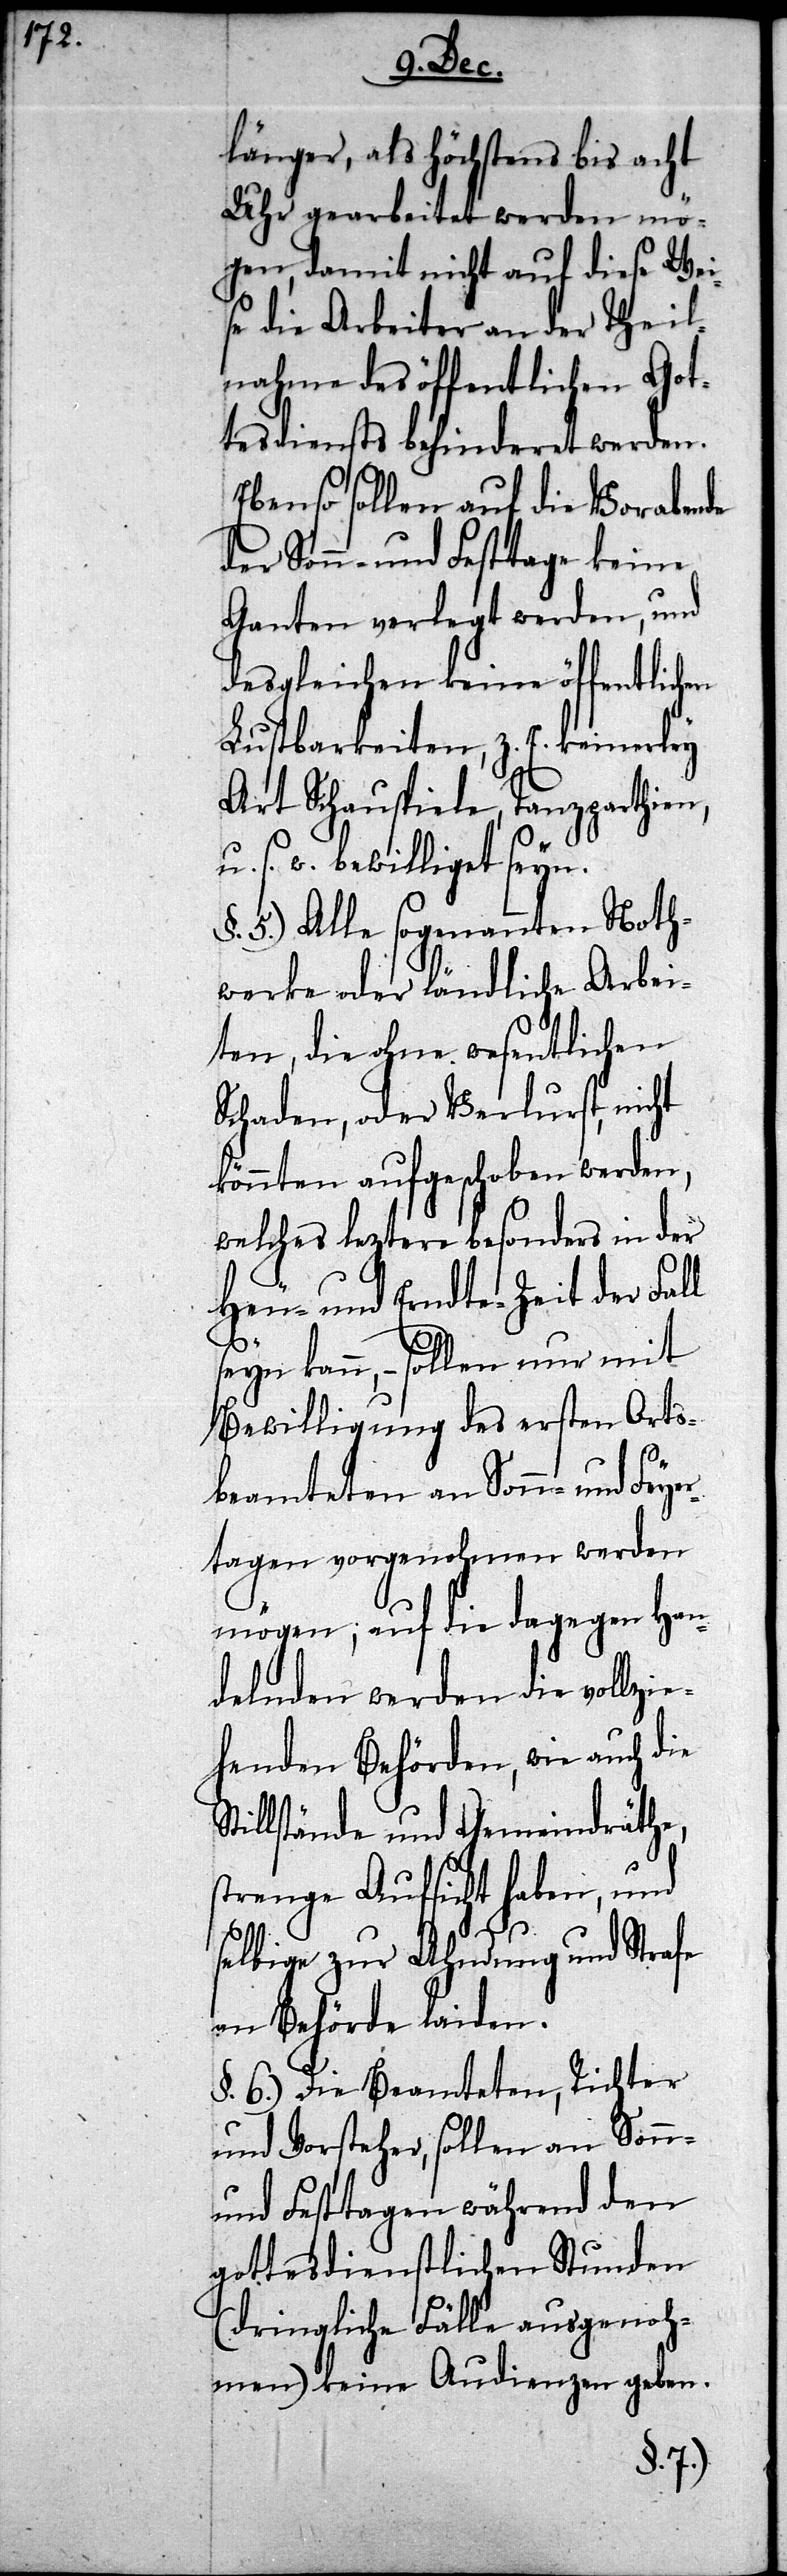
St¬

länger, als höchstens bis acht
Uhr gearbeitet werden mö¬
gen, damit nicht auf diese Wei¬
se die Arbeiter an der Theil¬
nahme des öffentlichen Got¬
tesdiensts behinderet werden.
Ebenso sollen auf die Vorabende
der Sonn- und Festtage keine
Ganten verlegt werden, und
desgleichen keine öffentlichen
Lustbarkeiten, z. E. keinerley
Art Schauspiele, Tanzparthien,
s. w. bewilliget seyn.
§. 5.) Alle sogenannten Noth¬
werke oder ländlichen Arbei¬
ten, die ohne wesentlichen
Schaden, oder Verlurst, nicht
könnten aufgeschoben werden,
welches leztere besonders in der
Heu- und Erndte-Zeit der Fall
seyn kann, – sollen nur mit
Bewilligung des ersten Orts¬
beamteten an Sonn- und Feye¬
rtagen vorgenohmen werden
mögen; auf die dagegen Han¬
delnden werden die vollzie¬
henden Behörden, wie auch die
illstände und Gemeindräthe,
strenge Aufsicht haben, und
selbige zur Ahndung und Strafe
an Behörde laiden.
§. 6.) Die Beamteten, Richter
und Vorsteher, sollen an Sonn-
und Festtagen während den
gottesdienstlichen Stunden
(dringliche Fälle ausgenoh¬
men) keine Audienzen geben.